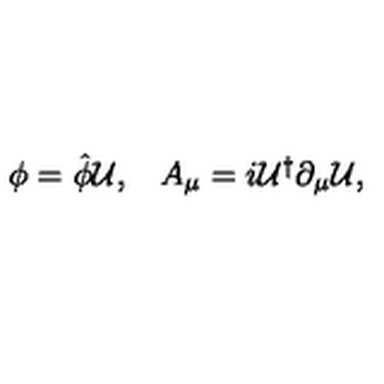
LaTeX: \begin{array} { c c } { \phi = \hat { \phi } { \cal U } , } & { A _ { \mu } = i { \cal U } ^ { \dagger } \partial _ { \mu } { \cal U } , } \\ \end{array}